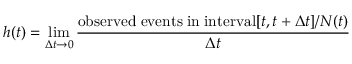
h ( t ) = \operatorname* { l i m } _ { \Delta t \rightarrow 0 } { \frac { \mathrm { o b s e r v e d \; e v e n t s \; i n \; i n t e r v a l } [ t , t + \Delta t ] / N ( t ) } { \Delta t } }